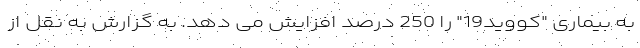
به بیماری "کووید19" را 250 درصد افزایش می دهد. به گزارش به نقل از